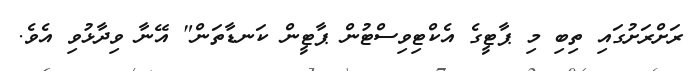
ރަށްރަށުގައި ތިބި މި ޕާޓީގެ އެކްޓިވިސްޓުން ޕާޓީން ކަނޑާތަން" އޭނާ ވިދާޅުވި އެވެ.